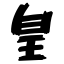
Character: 皇